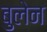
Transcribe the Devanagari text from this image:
बुलेन